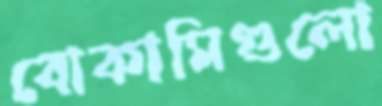
বোকামিগুলো